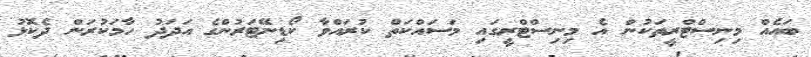
ބައެއް މިނިސްޓްރީތަކުން އެ މިނިސްޓްރީގައި މަސައްކަތް ކުރައްވާ ކޯޑިނޭޓަރުންގެ އަދަދު ހާމަކުރަން ދެކޮޅު